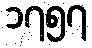
၁၇၅၇